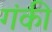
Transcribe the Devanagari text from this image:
गंकी